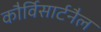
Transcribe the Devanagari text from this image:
कौर्विसार्टनैल